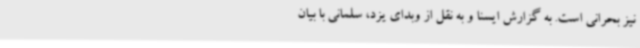
نیز بحرانی است. به گزارش ایسنا و به نقل از وبدای یزد، سلمانی با بیان